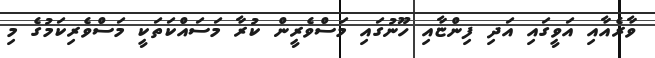
ވާރެއާއި އަވީގައި އަދި ފިންޏާއި ހޫނުގައި މަސްވެރީން ކުރާ މަސައްކަތަކީ މަސްވެރިކަމުގެ މި